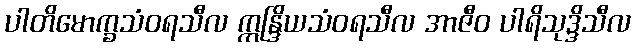
ပါတိမောက္ခသံဝရသီလ ဣန္ဒြိယသံဝရသီလ အာဇီဝ ပါရိသုဒ္ဒိသီလ